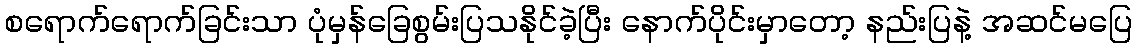
စရောက်ရောက်ခြင်းသာ ပုံမှန်ခြေစွမ်းပြသနိုင်ခဲ့ပြီး နောက်ပိုင်းမှာတော့ နည်းပြနဲ့ အဆင်မပြေ